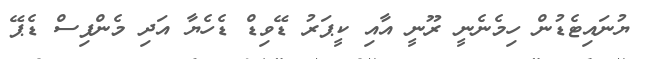
ޔުނައިޓެޑުން ހިމެނެނީ ރޫނީ އާއި ކީޕަރު ޑޭވިޑް ޑެހެޔާ އަދި މެންފިސް ޑެޕޭ